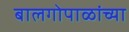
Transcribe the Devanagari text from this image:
बालगोपाळांच्या